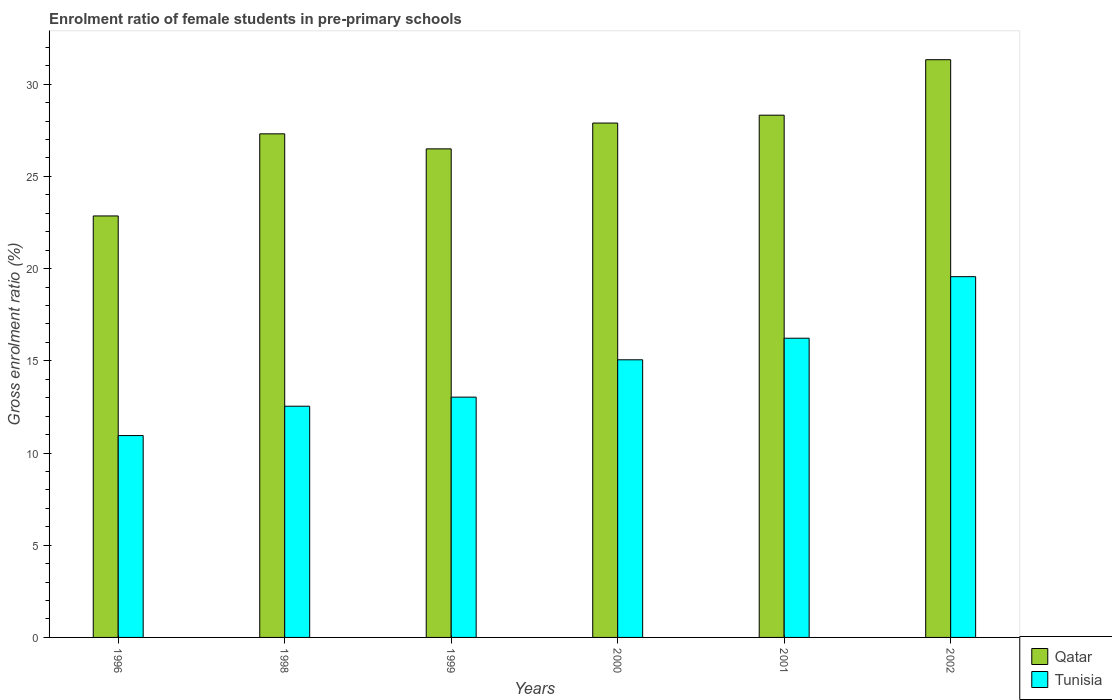
| Years | Qatar | Tunisia |
 | --- | --- | --- |
 | 1996 | 22.9 | 10.9 |
 | 1998 | 27.3 | 12.5 |
 | 1999 | 26.5 | 13 |
 | 2000 | 27.9 | 15.1 |
 | 2001 | 28.3 | 16.2 |
 | 2002 | 31.3 | 19.6 |